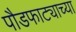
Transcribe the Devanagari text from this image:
पौडफाट्याच्या